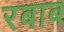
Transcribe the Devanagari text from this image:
रबाब